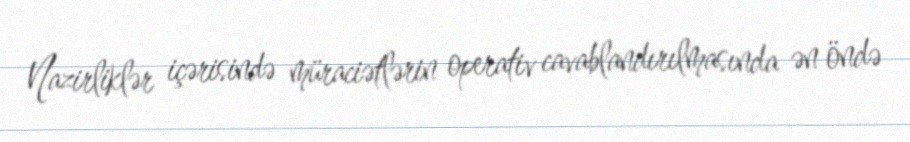
Nazirliklər içərisində müraciətlərin operativ cavablandırılmasında ən öndə